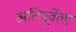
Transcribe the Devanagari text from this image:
अतिपूर्वेला